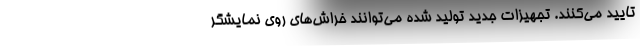
تایید می‌کنند. تجهیزات جدید تولید شده می‌توانند خراش‌های روی نمایشگر